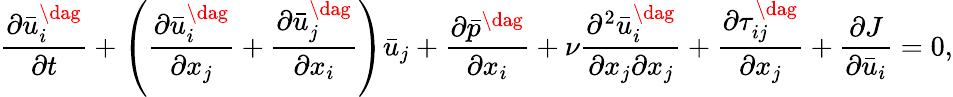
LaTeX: \frac{{\partial\bar{u}_{i}^{\dag}}}{{\partial t}}+\left({\frac{{\partial\bar{u}_{i}^{\dag}}}{{\partial{x_{j}}}}+\frac{{\partial\bar{u}_{j}^{\dag}}}{{\partial{x_{i}}}}}\right){{\bar{u}}_{j}}+\frac{{\partial{{\bar{p}}^{\dag}}}}{{\partial{x_{i}}}}+\nu\frac{{{\partial^{2}}\bar{u}_{i}^{\dag}}}{{\partial{x_{j}}\partial{x_{j}}}}+\frac{{\partial\tau_{ij}^{\dag}}}{{\partial{x_{j}}}}+\frac{{\partial J}}{{\partial{{\bar{u}}_{i}}}}=0,